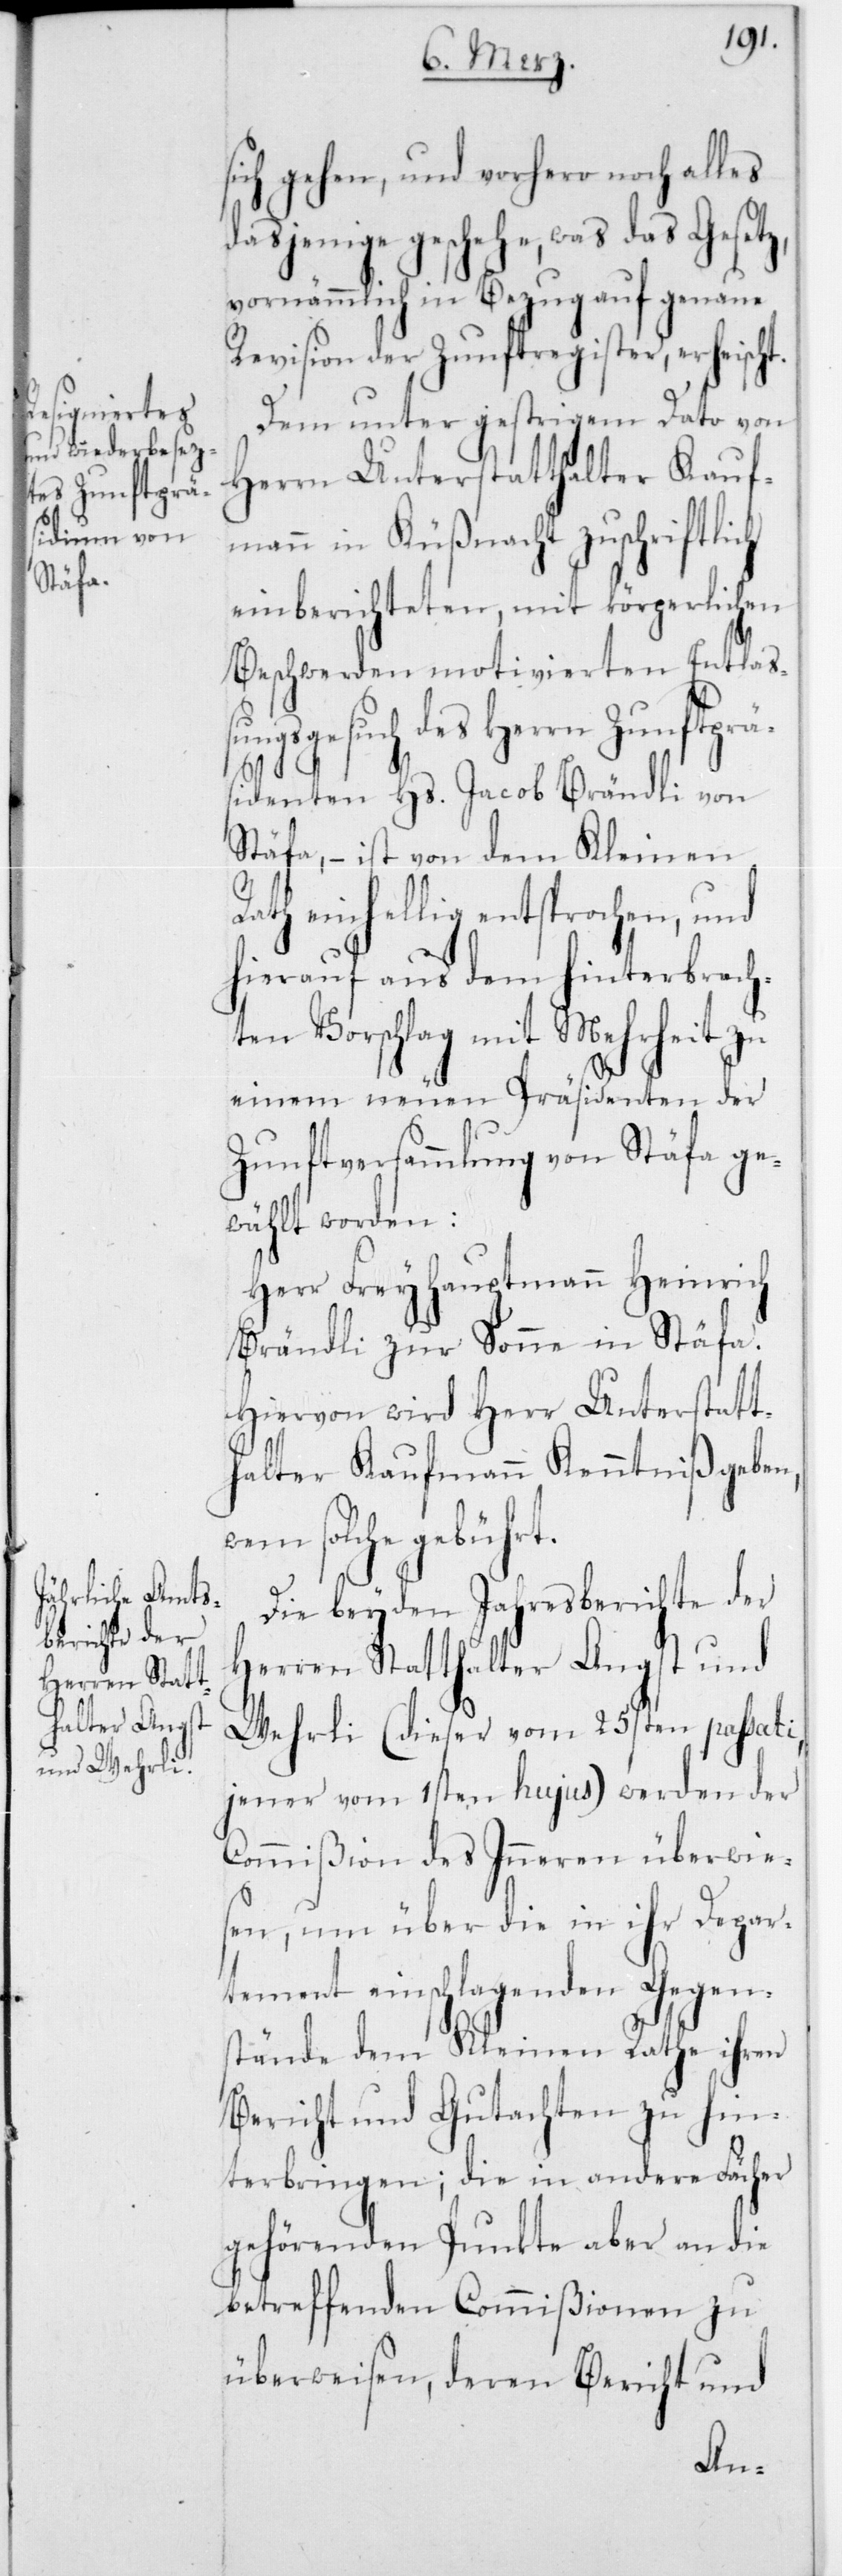
t.
sich gehen, und vorhero noch alles
dasjenige geschehe, was das Geset¬
vornämmlich in Bezug auf genaue
Revision der Zunftregister, erheisch¬
Dem unter gestrigem Dato von
Herrn Unterstatthalter Kauf¬
mann in Küßnacht zuschriftlich
einberichteten, mit körperlichen
Beschwerden motivierten Entlaßu¬
ngsgesuch des Herrn Zunftpä¬
sidenten Hs. Jacob Brändli von
Stäfa, – ist von dem Kleinen
Rath einhellig entsprochen, und
hierauf aus dem hinterbrach¬
ten Vorschlag mit Mehrheit zu
einem neuen Präsidenten der
Zunftversammlung von Stäfa ge¬
wählt worden:
Herr Freyhauptmann Heinrich
Brändli zur Sonne in Stäfa.
Hiervon wird Herr Unterstatt¬
halter Kaufmann Kenntniß geben,
solche gebührt.
Die beyden Jahresberichte der
Herren Statthalter Angst und
Wehrli (dieser vom 25sten passati,
jener vom 1sten hujus) werden der
Commißion des Innern überwie¬
sen, um über die in ihr Depar¬
tement einschlagenden Gegen¬
stände dem Kleinen Rathe ihren
Bericht und Gutachten zu hin¬
terbringen; die in andere Fächer
gehörenden Punkte aber an die
betreffenden Commißionen zu
überweisen, deren Bericht und
z,